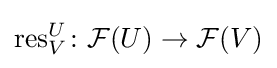
\operatorname {res} _{V}^{U}\colon {\mathcal {F}}(U)\rightarrow {\mathcal {F}}(V)